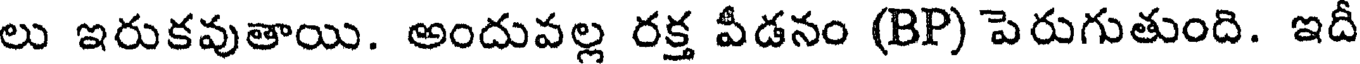
లు ఇరుకవుతాయి. అందువల్ల రక్త వీడనం (BP) పెరుగుతుంది. ఇదీ